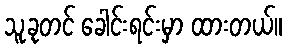
သူ့ခုတင် ခေါင်းရင်းမှာ ထားတယ်။